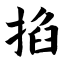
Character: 掐